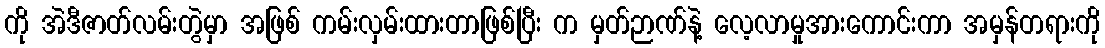
ကို အဲဒီဇာတ်လမ်းတွဲမှာ အဖြစ် ကမ်းလှမ်းထားတာဖြစ်ပြီး က မှတ်ဉာဏ်နဲ့ လေ့လာမှုအားကောင်းကာ အမှန်တရားကို